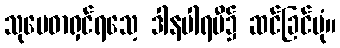
သုမေဓာရှင်ရသေ့ ဒါနပါရမီ၌ ဆင်ခြင်ပုံ။